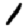
Digit: 1